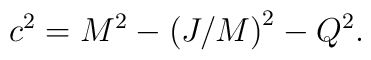
c^{2}=M^{2}-\left( J/M\right) ^{2}-Q^{2}.